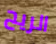
الريح